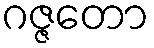
ဂဇ္ဇတော